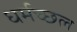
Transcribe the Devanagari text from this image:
धर्मच्छल